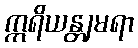
ဣရိယန္တျမရာ